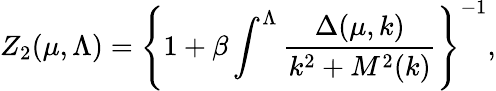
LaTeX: Z_{2}(\mu,\Lambda)=\left\{ 1+\beta\int^{\Lambda}\frac{\Delta(\mu,k)}{k^{2}+M^{2}(k)}\right\} ^{-1},